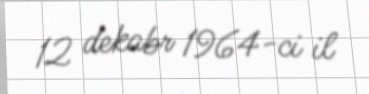
12 dekabr 1964-ci il